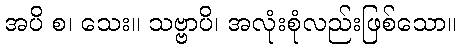
အပိ စ၊ သေး။ သဗ္ဗာပိ၊ အလုံးစုံလည်းဖြစ်သော။